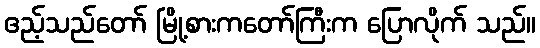
ဧည့်သည်တော် မြို့စားကတော်ကြီးက ပြောလိုက် သည်။